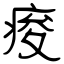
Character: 痠